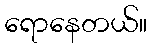
ရောနေတယ်။